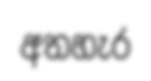
අතහැර